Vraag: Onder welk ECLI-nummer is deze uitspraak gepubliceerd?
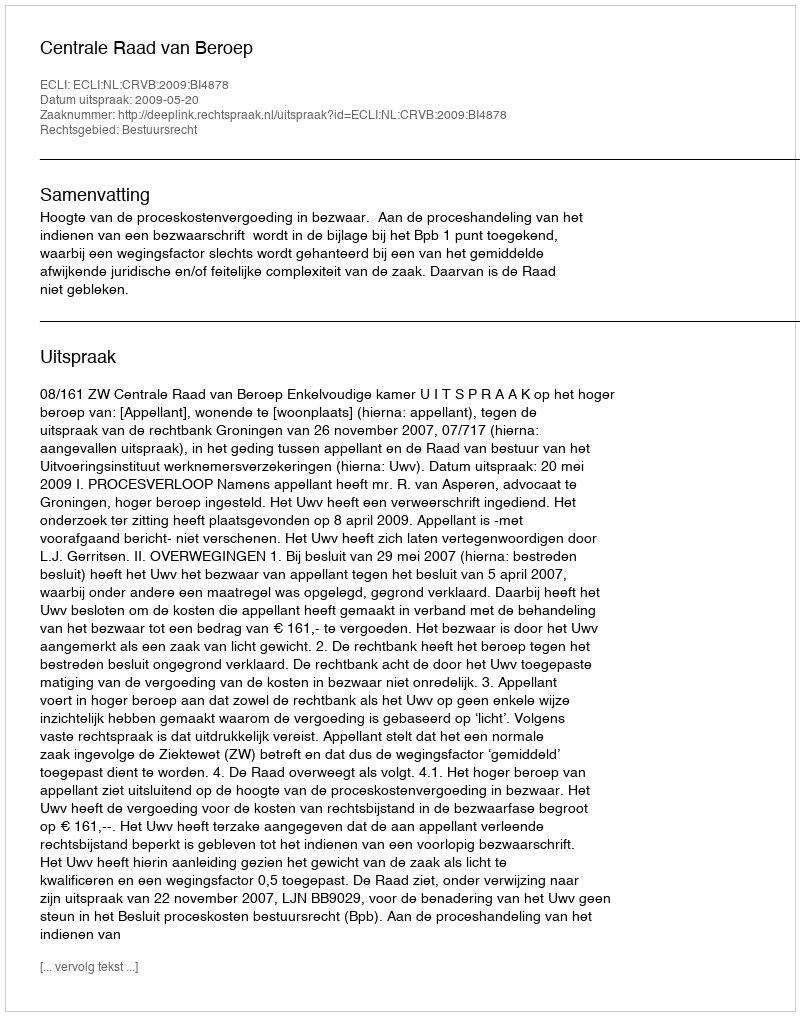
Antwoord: ECLI:NL:CRVB:2009:BI4878